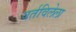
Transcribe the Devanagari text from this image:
वर्तविलेला